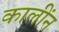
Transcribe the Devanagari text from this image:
कालींन